Report of the Indian Hemp Drugs Commission, 1894-1895 - Volume VI
Year: 1894
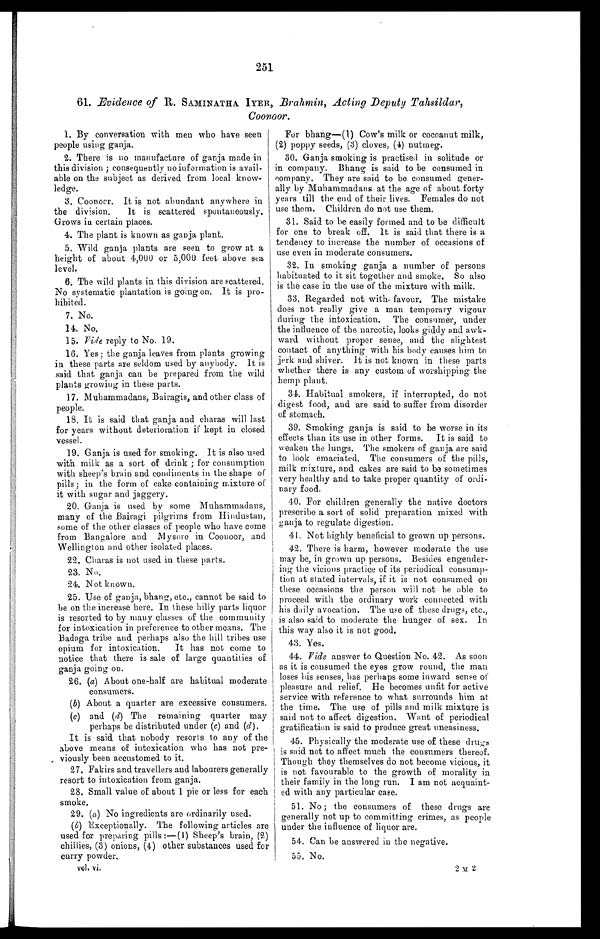
251
61. Evidence of R. SAMINATHA
IYER, Brahmin, Acting Deputy Tahsildar,
coono
or.
1. By conversation with men who have seen
people using ganja.
2. There is no manufacture of ganja made in
this division ; consequently no information is avail-
able on the subject as derived from local know-
ledge.
3. Coonoor. It is not abundant anywhere in
the division. It is scattered spontaneously.
Grows in certain places.
4 . T h e p l a n t i s k n o w n a s g a n j a p l a n t .
5. Wild ganja plants are seen to grow at a
height of about 4,000 or 5,000 feet above sea
level.
6. The wild plants in this division are scattered.
No systematic plantation is going on. It is pro-
hibited.
7 . N o .
14. No.
15. Vide reply to No. 19.
16. Yes; the ganja leaves from plants growing
in these parts are seldom used by anybody. It is
said that ganja can be prepared from the wild
plants growing in these parts.
17. Muhammadans, Bairagis, and other class of
people.
18. It is said that ganja and charas will last
for years without deterioration if kept in closed
vessel.
19. Ganja is used for smoking. It is also used
with milk as a sort of drink ; for consumption
with sheep's brain and condiments in the shape of
pills ; in the form of cake containing mixture of
it with sugar and jaggery.
20. Ganja is used by some Muhammadans,
many of the Bairagi pilgrims from Hindustan,
some of the other classes of people who have come
from Bangalore and Mysore in Coonoor, and
Wellington and other isolated places.
22. Charas is not used in these parts.
23. No.
24. Not known.
25. Use of ganja, bhang, etc., cannot be said to
be on the increase here. In these hilly parts liquor
is resorted to by many classes of the community
for intoxication in preference to other means. The
Badaga tribe and. perhaps also the hill tribes use
opium for intoxication. It has not come to
notice that there is sale of large quantities of
ganja going on.
26. (a) About one-half are habitual moderate
consumers.
( b )
About a quarter are excessive consumers.
(c) and (d) The remaining quarter may
perhaps be distributed under (c) and (d) .
It is said. that nobody resorts to any of the
above means of intoxication who has not pre-
. viously been accustomed to it.
27. Fakirs and travellers and labourers generally
resort to intoxication from ganja.
28. Small value of about 1 pie or less for each
smoke.
29. (a) No ingredients are ordinarily used.
(b) Exceptionally. The following articles are
used for preparing pills :-(1) Sheep's brain, (2)
chillies, (3) onions, (4) other substances used for
curry powder.
vol. vi.
For bhang-(l) Cow's milk or cocoanut milk,
(2) poppy seeds, (3) cloves, (4) nutmeg.
30. Ganja smoking is practised in solitude or
in company. Bhang is said to be consumed in
company. They are said to be consumed gener-
ally by Muhammadans at the age of about forty
years till the end of their lives. Females do not
use them. Children do not use them.
31. Said to be easily formed and to be difficult
for one to break off. It is said that there is a
tendency to increase the number of occasions of
use even in moderate consumers.
32. In smoking ganja a number of persons
habituated to it sit together and smoke. So also
is the case in the use of the mixture with milk.
33. Regarded not with. favour. The mistake
does not really give a man temporary vigour
during the intoxication. The consumer, under
the influence of the narcotic, looks giddy and awk-
ward. without proper sense, and the slightest
contact of anything with his body causes him to
jerk and shiver. It is not known in these parts
whether there is any custom of worshipping the
hemp plant.
34. Habitual smokers, if interrupted, do not
digest food, and are said to suffer from disorder
of stomach.
39. Smoking ganja is said to be worse in its
effects than its use in other forms. It is said to
weaken the lungs. The smokers of ganja are said
to look emaciated. The consumers of the pills,
milk mixture, and cakes are said to be sometimes
very healthy and to take proper quantity of ordi-
nary food.
40. For children generally the native doctors
prescribe a sort of solid preparation mixed with
ganja to regulate digestion.
41. Not highly beneficial to grown up persons.
4. 2. There is harm, however moderate the use
may be, in grown up persons. Besides engender-
ing the vicious practice of its periodical consump-
tion at stated intervals, if it is not consumed on
these occasions the person will not be able to
proceed with the ordinary work connected with
his daily avocation. The use of these drugs, etc.,
is also said to moderate the hunger of sex. In
this way also it is not good.
43. Yes.
44. Vide answer to Question No. 42. As soon
as it is consumed the eyes grow round, the man
loses his senses, has perhaps some inward sense of
pleasure and relief. He becomes unfit for active
service with reference to what surrounds him at
the time. The use of pills and milk mixture is
said not to affect digestion, Want of periodical
gratification is said to produce great uneasiness.
45. Physically the moderate use of these drugs
is said not to affect much the consumers thereof.
Though they themselves do not become vicious, it
is not favourable to the growth of morality in
their family in the long run. I am not acquaint-
ed with any particular cam.
51. No ; the consumers of these drugs are
generally not up to committing crimes, as people
under the influence of liquor are.
5 4 . C a n b e a n s w e r e d i n t h e n e g a t i v e .
5 5 . N o .